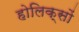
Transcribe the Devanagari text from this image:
होलिक्सों